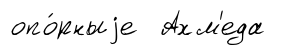
опо́рныjе Ахм'еда